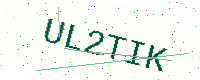
Text: UL2TIK